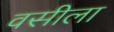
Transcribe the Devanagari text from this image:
वसीला